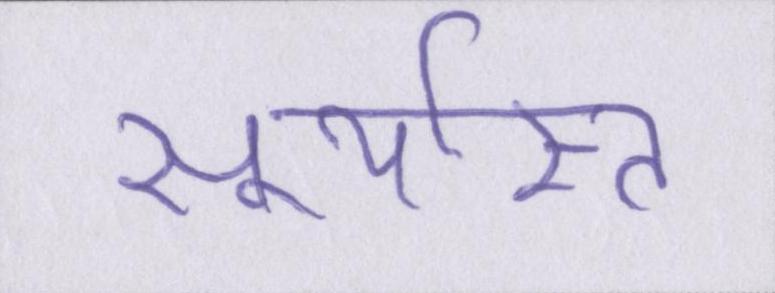
सूर्यास्त